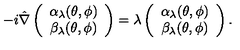
- i \hat { \nabla } \left( \begin{array} { c } { \alpha _ { \lambda } ( \theta , \phi ) } \\ { \beta _ { \lambda } ( \theta , \phi ) } \\ \end{array} \right) = \lambda \left( \begin{array} { c } { \alpha _ { \lambda } ( \theta , \phi ) } \\ { \beta _ { \lambda } ( \theta , \phi ) } \\ \end{array} \right) .